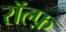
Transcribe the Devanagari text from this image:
रॉल्फ़